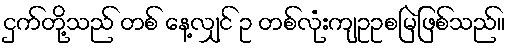
ငှက်တို့သည် တစ် နေ့လျှင် ဥ တစ်လုံးကျဥဥစမြဲဖြစ်သည်။